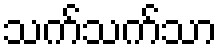
သက်သက်သာ